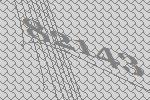
82143